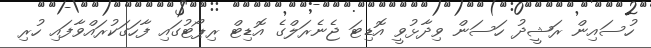
ހުސައިން ރަޝީދު ހަސަން ވިދާޅުވީ އޮޑިޓަ ޖެނެރަލްގެ އޮޑިޓް ރިޕޯޓުގައި ފާހަގަކުރައްވާފައި ހުރި